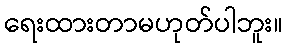
ရေးထားတာမဟုတ်ပါဘူး။